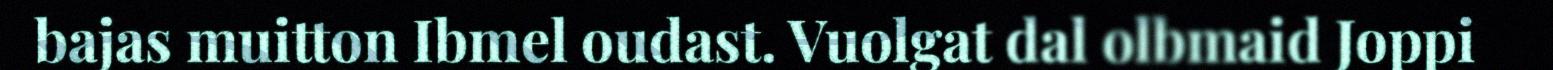
bajas muitton Ibmel oudast. Vuolgat dal olbmaid Joppi